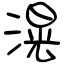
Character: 滉